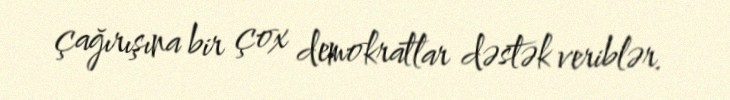
çağırışına bir çox demokratlar dəstək veriblər.